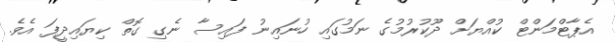
އެޕާޓްމަންޓް ކުއްޔަށް ދޫކުރުމުގެ ނަމުގައި ހުނައިނު ފައިސާ ނެގި ގޮތް ކިޔައިދީފަ އެވެ.